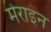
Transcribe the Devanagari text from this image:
मेराइन